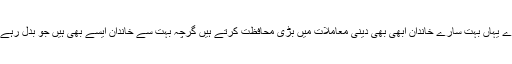
ہمارے یہاں بہت سارے خاندان ابهى بهى دینى معاملات میں بڑى محافظت کرتے ہیں گرچہ بہت سے خاندان ایسے بهى ہیں جو بدل رہے ہیں۔